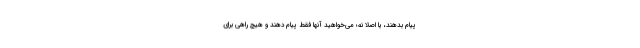
پیام بدهند، یا اصلا نه؛ می‌خواهید آنها فقط پیام دهند و هیچ راهی برای